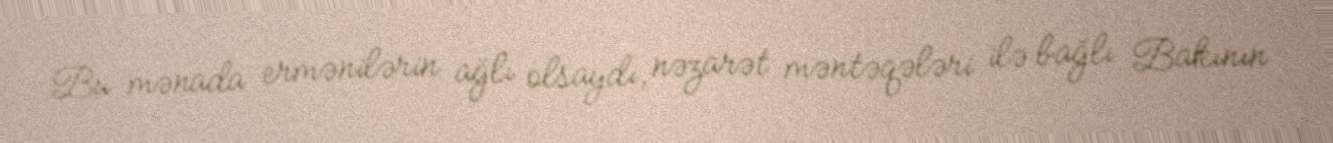
Bu mənada ermənilərin ağlı olsaydı, nəzarət məntəqələri ilə bağlı Bakının